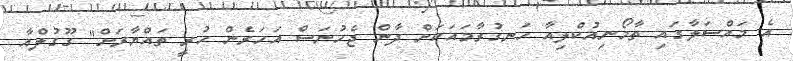
އެ މައްސަލާގައި ތާމޯނިއުކްލިއާ ހަނގުރާމައަކަށް ދާން ޖެހުނަސް އަހަރެން ހުރީ ތައްޔާރަށް" ގޫގުލްއާ